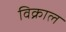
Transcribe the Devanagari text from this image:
विक्राल